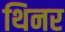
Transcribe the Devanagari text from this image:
थिनर